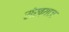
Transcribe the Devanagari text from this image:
संख्याज